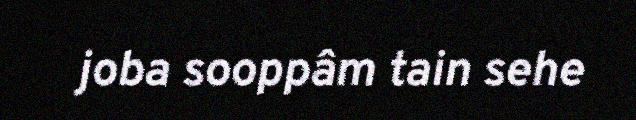
joba sooppâm tain sehe